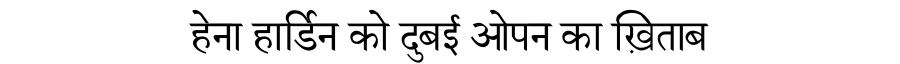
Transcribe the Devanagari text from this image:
हेना हार्डिन को दुबई ओपन का ख़िताब